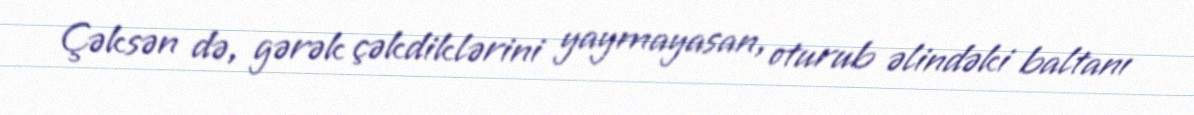
Çəksən də, gərək çəkdiklərini yaymayasan, oturub əlindəki baltanı